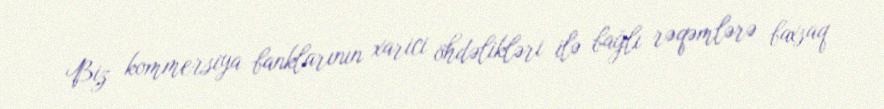
Biz kommersiya banklarının xarici öhdəlikləri ilə bağlı rəqəmlərə baxsaq